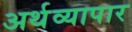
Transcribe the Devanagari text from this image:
अर्थव्यापार